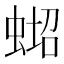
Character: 𱿪